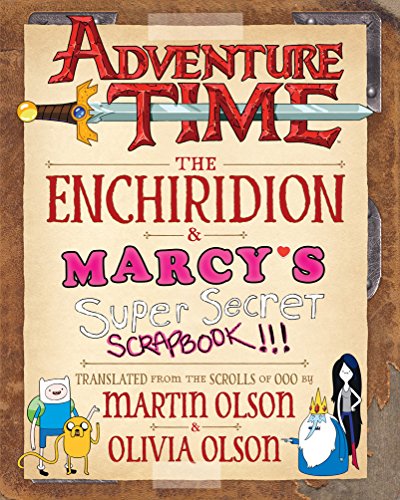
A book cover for Adventure Time: The Enchiridion & MarcyEEs Super Secret Scrapbook!!!; Martin Olson; Comics & Graphic Novels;